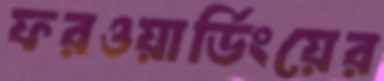
ফরওয়ার্ডিংয়ের